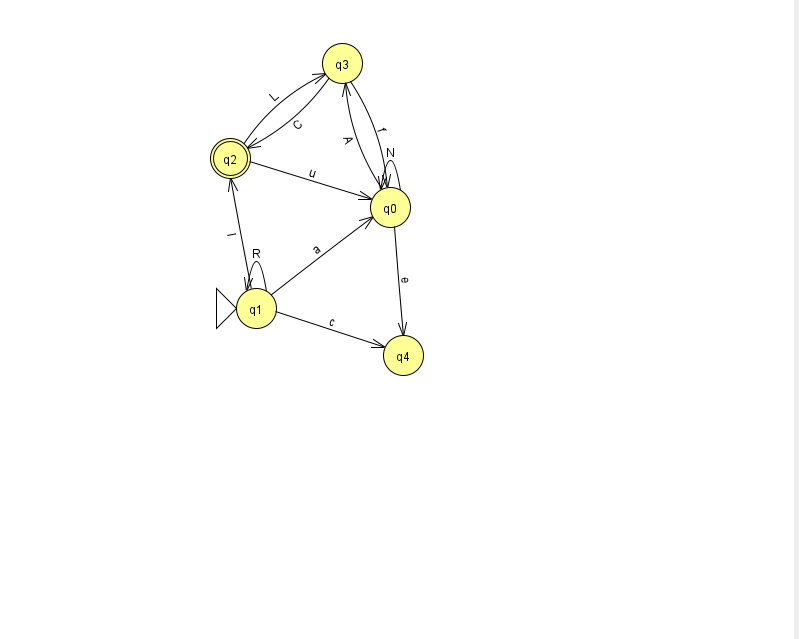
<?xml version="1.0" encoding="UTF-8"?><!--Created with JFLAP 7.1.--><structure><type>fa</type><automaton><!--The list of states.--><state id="0" name="q0"><x>390.0</x><y>194.0</y></state><state id="1" name="q1"><x>256.0</x><y>295.0</y><initial/></state><state id="2" name="q2"><x>230.0</x><y>145.0</y><final/></state><state id="3" name="q3"><x>342.0</x><y>50.0</y></state><state id="4" name="q4"><x>403.0</x><y>342.0</y></state><!--The list of transitions.--><transition><from>1</from><to>0</to><read>a</read></transition><transition><from>1</from><to>4</to><read>c</read></transition><transition><from>1</from><to>1</to><read>R</read></transition><transition><from>2</from><to>3</to><read>L</read></transition><transition><from>0</from><to>4</to><read>e</read></transition><transition><from>2</from><to>0</to><read>u</read></transition><transition><from>1</from><to>2</to><read>I</read></transition><transition><from>3</from><to>0</to><read>f</read></transition><transition><from>0</from><to>3</to><read>A</read></transition><transition><from>3</from><to>2</to><read>C</read></transition><transition><from>0</from><to>0</to><read>N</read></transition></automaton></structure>